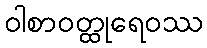
ဝါစာဝတ္ထုရေဝဿ